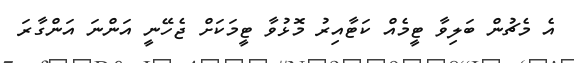
އެ މެޗުން ބަލިވާ ޓީމެއް ކަޓާއިރު މޮޅުވާ ޓީމަކަށް ޖެހޭނީ އަންނަ އަންގާރަ